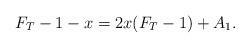
LaTeX: \begin{align*}F_T-1-x=2x(F_T-1)+A_1.\end{align*}